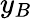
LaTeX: y_{B}